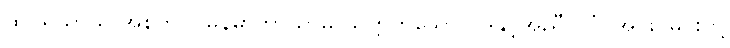
ထိုပရိယာယ် အစုတွင် မြန်မာဘာသာမှ သုက္ကဟူသော ပုဒ်နှင့်အညီ ပုဂံ၊ အင်းဝမင်းတို့